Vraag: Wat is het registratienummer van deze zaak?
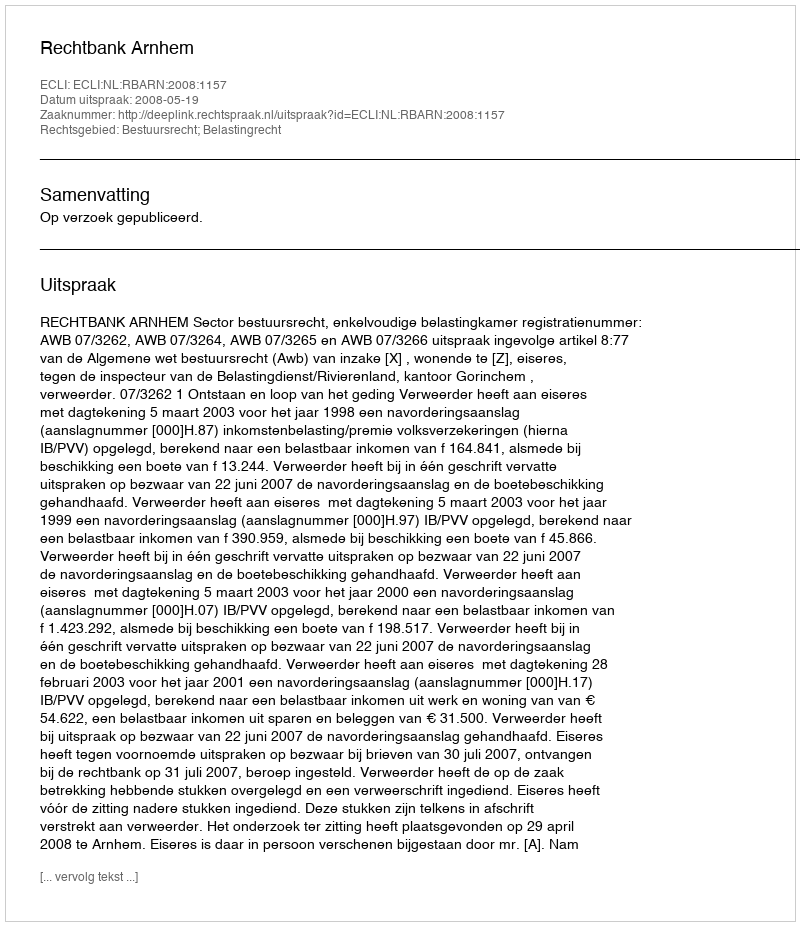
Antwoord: http://deeplink.rechtspraak.nl/uitspraak?id=ECLI:NL:RBARN:2008:1157